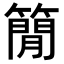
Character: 𥳑